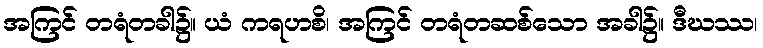
အကြင် တရံတခါ၌။ ယံ ကရဟစိ၊ အကြင် တရံတဆစ်သော အခါ၌။ ဒီဃဿ၊